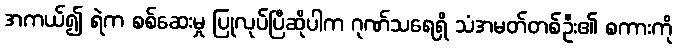
အကယ်၍ ရဲက စစ်ဆေးမှု ပြုလုပ်ပြီဆိုပါက ဂုဏ်သရေရှိ သံအမတ်တစ်ဦး၏ စကားကို